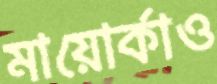
মায়োর্কাও